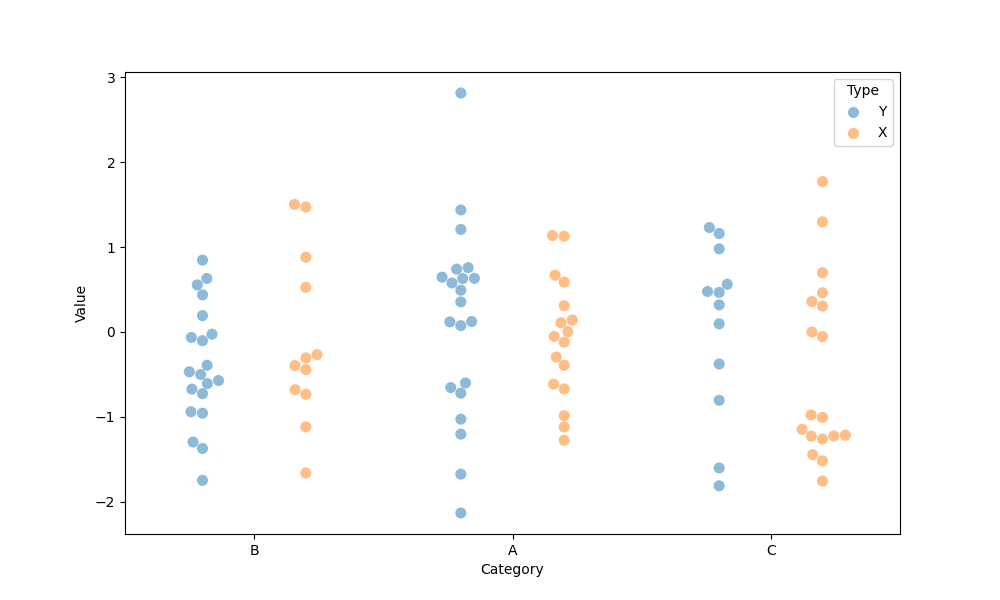
python, seaborn, swarmplot, dodge=True, alpha=0.5, size=8